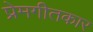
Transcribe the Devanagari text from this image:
प्रेमगीतकार